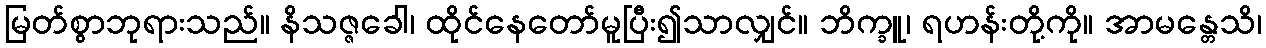
မြတ်စွာဘုရားသည်။ နိသဇ္ဇခေါ၊ ထိုင်နေတော်မူပြီး၍သာလျှင်။ ဘိက္ခူ၊ ရဟန်းတို့ကို။ အာမန္တေသိ၊